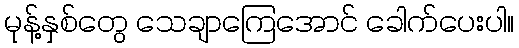
မုန့်နှစ်တွေ သေချာကြေအောင် ခေါက်ပေးပါ။